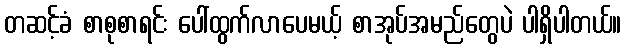
တဆင့်ခံ စာစုစာရင်း ပေါ်ထွက်လာပေမယ့် စာအုပ်အမည်တွေပဲ ပါရှိပါတယ်။